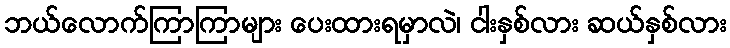
ဘယ်လောက်ကြာကြာများ ပေးထားရမှာလဲ၊ ငါးနှစ်လား ဆယ်နှစ်လား